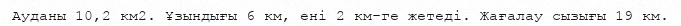
Ауданы 10,2 км2. Ұзындығы 6 км, ені 2 км-ге жетеді. Жағалау сызығы 19 км.